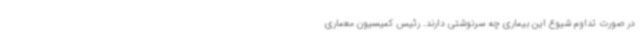
در صورت تداوم شیوع این بیماری چه سرنوشتی دارند. رئیس کمیسیون معماری